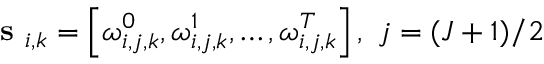
\textbf { s } _ { i , k } = \left\lbrack { \omega _ { i , j , k } ^ { 0 } , \omega _ { i , j , k } ^ { 1 } , \ldots , \omega _ { i , j , k } ^ { T } } \right\rbrack , ~ j = ( J + 1 ) / 2